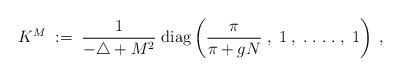
LaTeX: \begin{align*}K^M \; := \; \frac{1}{-\triangle + M^2} \; \mbox{diag} \left(\frac{\pi}{\pi + gN} \; , \;1 \; , \; . \; . \; . \; . \; , \;1 \right) \; ,\end{align*}